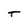
Character: T